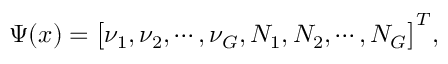
\Psi ( x ) = \bigl [ \nu _ { 1 } , \nu _ { 2 } , \cdots , \nu _ { G } , N _ { 1 } , N _ { 2 } , \cdots , N _ { G } \bigr ] ^ { T } ,